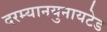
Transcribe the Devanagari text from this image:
दरम्यानयुनायटेड